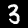
Label: 3